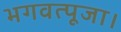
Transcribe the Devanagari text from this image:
भगवत्पूजा।